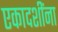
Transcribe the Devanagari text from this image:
एकादशींना